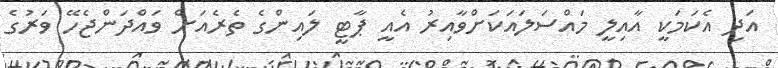
އަދި އެކަމަކީ އާއިލީ މައްސަލައަކަށްވާއިރު އެއީ ޕާޓީ ލައިންގެ ތެރެއަށް ވައްދަންޖެހޭ ވަރުގެ